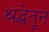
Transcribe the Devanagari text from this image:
श्रद्धेतून